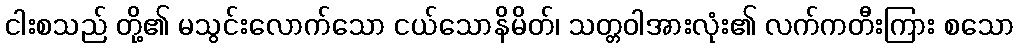
ငါးစသည် တို့၏ မသွင်းလောက်သော ငယ်သောနိမိတ်၊ သတ္တဝါအားလုံး၏ လက်ကတီးကြား စသော